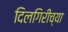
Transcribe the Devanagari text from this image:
दिलगिरीच्या